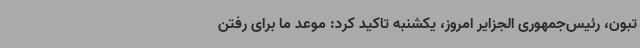
تبون، رئیس‌جمهوری الجزایر امروز، یکشنبه تاکید کرد: موعد ما برای رفتن